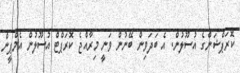
ކޮރަޕްޝަންގެ އުސޫލުން. އެ ބަދަވިން ބޭނުން ވަނީ މިރާއްޖެ ކޮރަޕްޓް އުސޫލުން އެމްޕީން